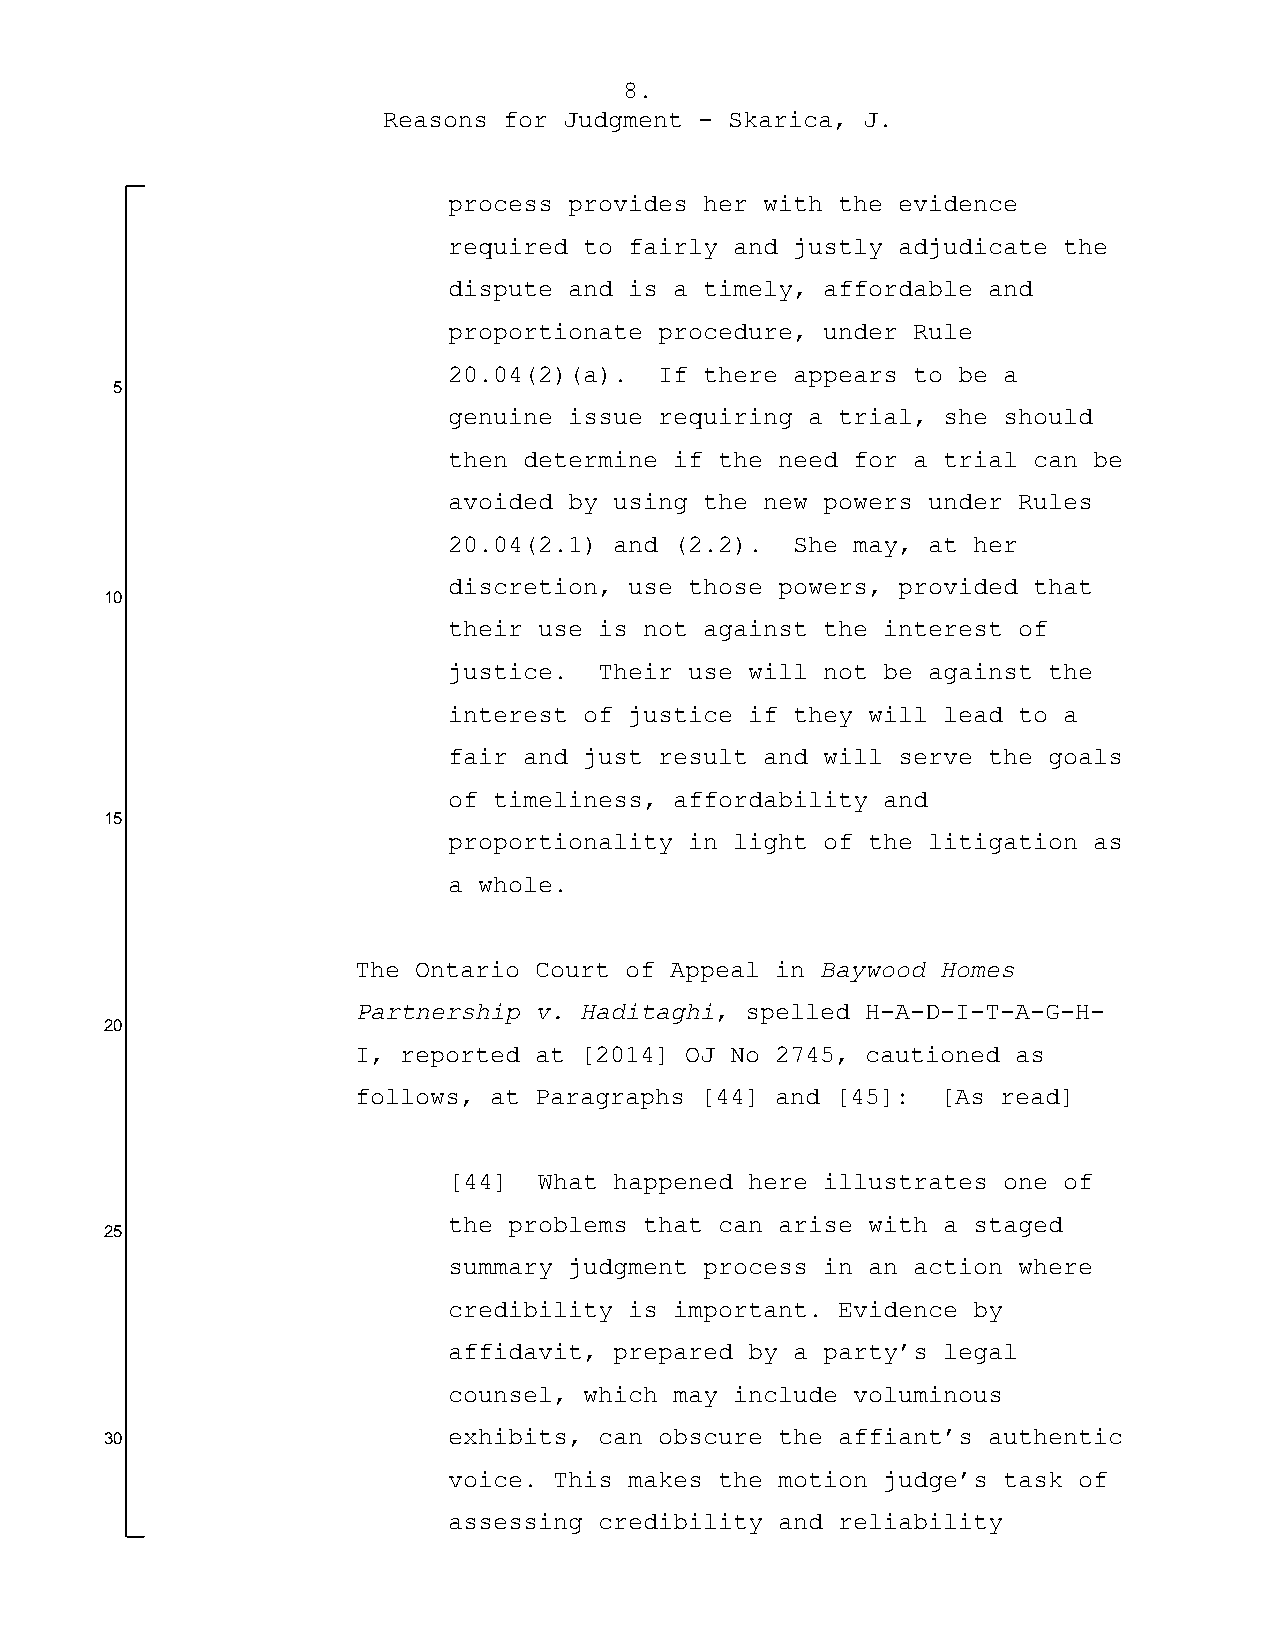
8.
 Reasons for Judgment - Skarica, J.
 process provides her with the evidence
 required to fairly and justly adjudicate the
 dispute and is a timely, affordable and
 proportionate procedure, under Rule
 20.04(2)(a).  If there appears to be a
 5
 genuine issue requiring a trial, she should
 then determine if the need for a trial can be
 avoided by using the new powers under Rules
 20.04(2.1) and (2.2). She may, at her
 discretion, use those powers, provided that
 10
 their use is not against the interest of
 justice.  Their use will not be against the
 interest of justice if they will lead to a
 fair and just result and will serve the goals
 of timeliness, affordability and
 15
 proportionality in light of the litigation as
 a whole.
 The Ontario Court of Appeal in Baywood Homes
 Partnership v. Haditaghi, spelled H-A-D-I-T-A-G-H-
 20
 I, reported at [2014] OJ No 2745, cautioned as
 follows, at Paragraphs [44] and [45]:  [As read]
 [44]  What happened here illustrates one of
 the problems that can arise with a staged
 25
 summary judgment process in an action where
 credibility is important. Evidence by
 affidavit, prepared by a party’s legal
 counsel, which may include voluminous
 exhibits, can obscure the affiant’s authentic
 30
 voice. This makes the motion judge’s task of
 assessing credibility and reliability